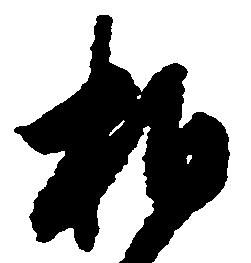
相